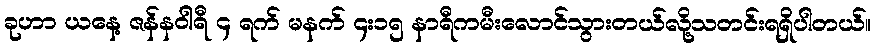
ခုဟာ ယနေ့ ဇန်နဝါရီ ၄ ရက် မနက် ၄း၁၅ နာရီကမီးလောင်သွားတယ်လို့သတင်းရရှိပါတယ်။